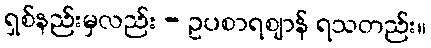
ရှစ်နည်းမှလည်း - ဥပစာရဈာန် ရသတည်း။